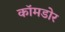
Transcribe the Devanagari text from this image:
कॉमडोर